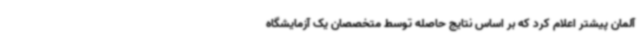
آلمان پیشتر اعلام کرد که بر اساس نتایج حاصله توسط متخصصان یک آزمایشگاه